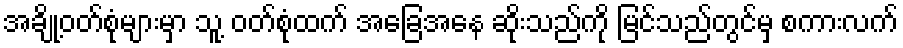
အချို့ဝတ်စုံများမှာ သူ့ ဝတ်စုံထက် အခြေအနေ ဆိုးသည်ကို မြင်သည်တွင်မှ စကားလက်